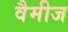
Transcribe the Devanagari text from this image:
वैमीज